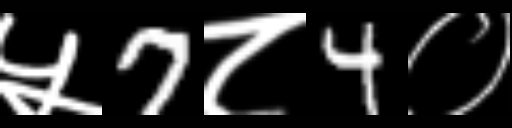
Text: ५7८4०